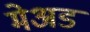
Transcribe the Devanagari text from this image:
मेअड